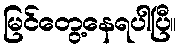
မြင်တွေ့နေရပါပြီ။